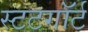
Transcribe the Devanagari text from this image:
स्टटगॉर्ट